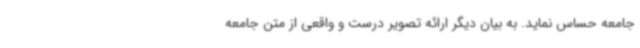
جامعه حساس نماید. به بیان دیگر ارائه تصویر درست و واقعی از متن جامعه